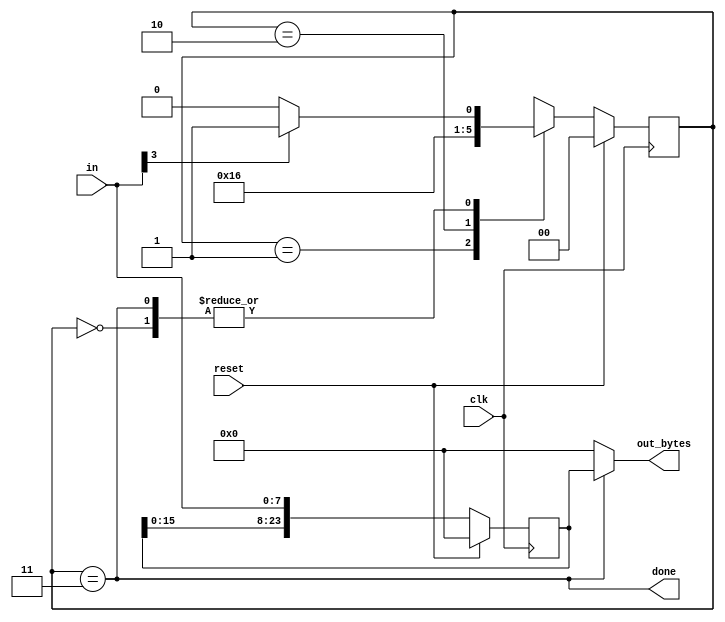
module top_module(
    input clk,
    input [7:0] in,
    input reset,    // Synchronous reset
    output [23:0] out_bytes,
    output done); //

    localparam [1:0] BYTE1 = 2'b00,
    				 BYTE2 = 2'b01,
    				 BYTE3 = 2'b10,
    				 DONE  = 2'b11;

    reg [1:0] state, next;
    reg [23:0] data;

    // State transition logic (combinational)
    always @(*) begin
    	case(state)
    		BYTE1 : next = (in[3]) ? BYTE2 : BYTE1;
    		BYTE2 : next = BYTE3;
    		BYTE3 : next = DONE;
    		DONE  : next = (in[3]) ? BYTE2 : BYTE1;
    	endcase
    end

    // State flip-flops (sequential)
    always @(posedge clk) begin
    	if(reset) state <= BYTE1;
    	else state <= next;
    end
 
    // New: Datapath to store incoming bytes.
    always @(posedge clk) begin
    	if (reset) data <= 24'b0;
    	else data <= {data[15:8], data[7:0], in};
    end
    
    // Output logic
    assign done = (state == DONE);
    assign out_bytes = (done) ? data : 23'b0;
 
endmodule